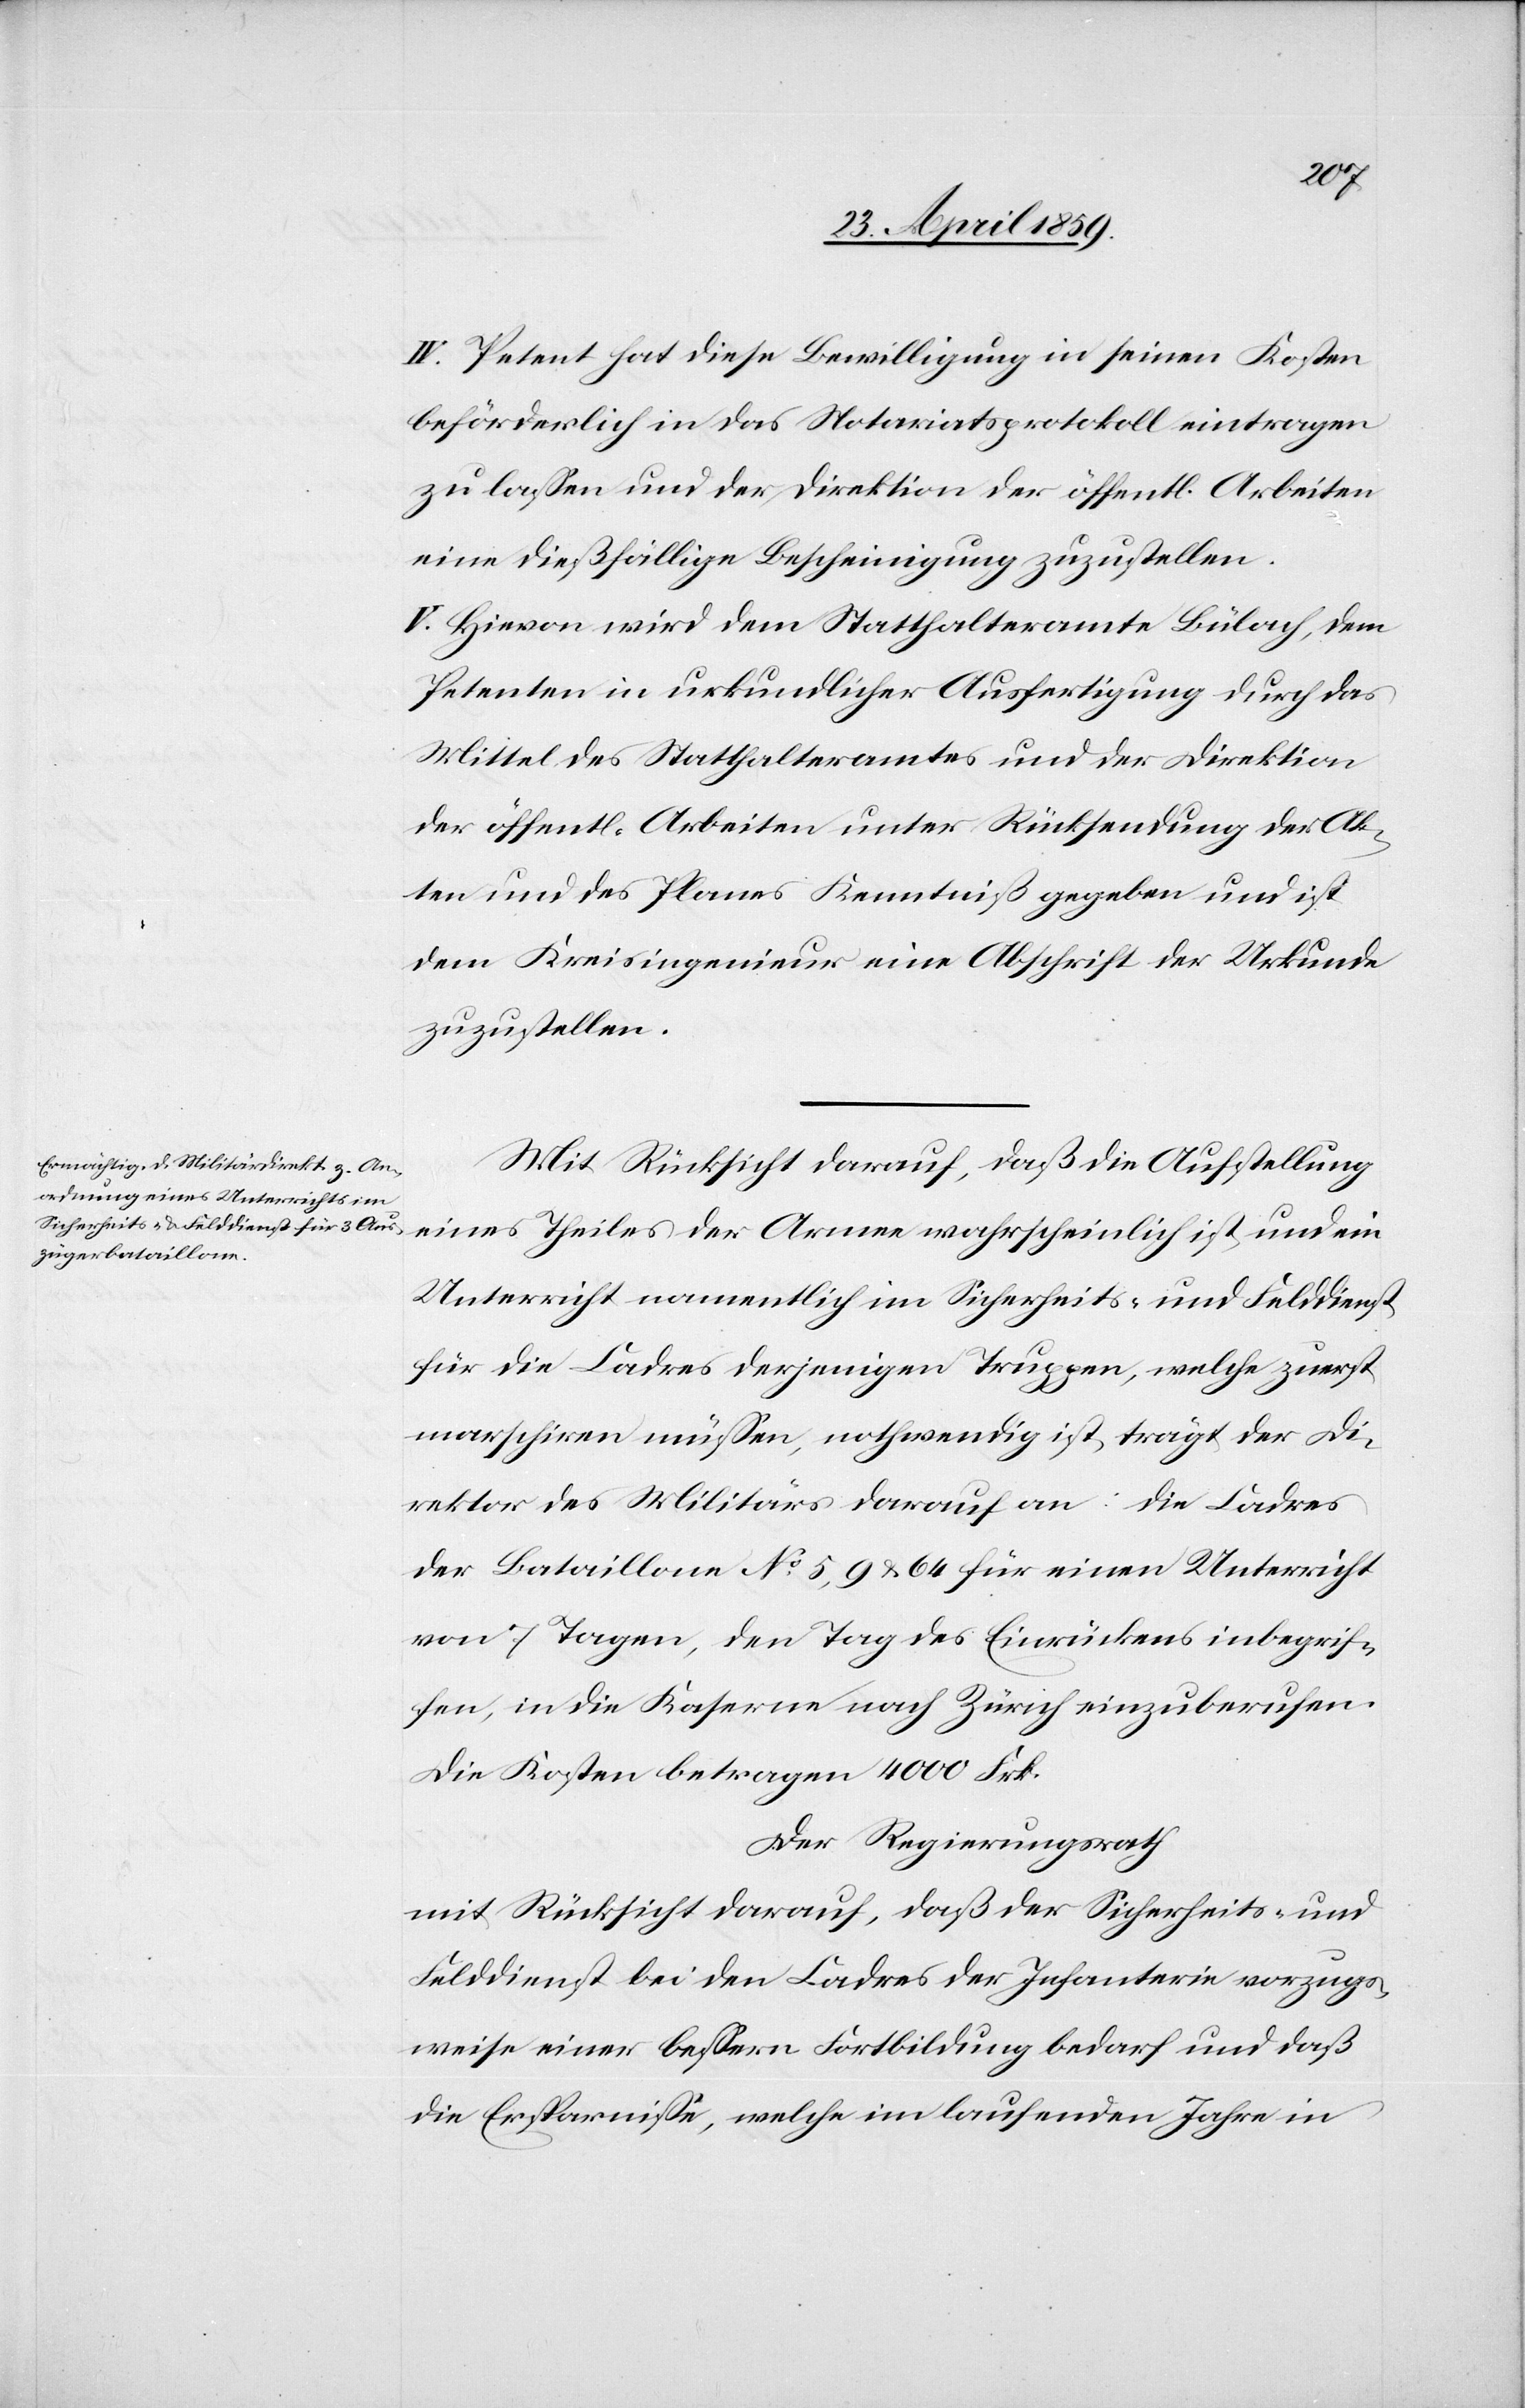
IV. Petent hat diese Bewilligung in seinen Kosten
beförderlich in das Notariatsprotokoll eintragen
zu laßen und der Direktion der öffentl. Arbeiten
eine dießfällige Bescheinigung zuzustellen.
V. Hievon wird dem Statthalteramte Bülach, dem
Petenten in urkundlicher Ausfertigung durch das
Mittel des Statthalteramtes und der Direktion
der öffentl. Arbeiten unter Rücksendung der Ak¬
ten und des Planes Kenntniß gegeben und ist
dem Kreisingenieur eine Abschrift der Urkunde
zuzustellen.
Mit Rücksicht darauf, daß die Aufstellung
eines Theiles der Armee wahrscheinlich ist und ein
Unterricht namentlich im Sicherheits- und Felddienst
für die Cadres derjenigen Truppen, welche zuerst
marschiren müßen, nothwendig ist, trägt der Di¬
rektor des Militärs darauf an: die Cadres
der Bataillone No 5, 9 & 64 für einen Unterricht
von 7 Tagen, den Tag des Einrückens inbegrif¬
fen, in die Kaserne nach Zürich einzuberufen.
Die Kosten betragen 4000 Frk.
Der Regierungsrath
mit Rücksicht darauf, daß der Sicherheits- und
Felddienst bei den Cadres der Infanterie vorzugs¬
weise einer beßern Fortbildung bedarf und daß
die Ersparniße, welche im laufenden Jahre in